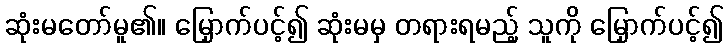
ဆုံးမတော်မူ၏။ မြှောက်ပင့်၍ ဆုံးမမှ တရားရမည့် သူကို မြှောက်ပင့်၍